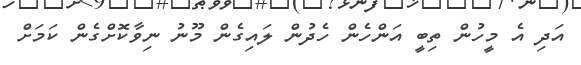
އަދި އެ މީހުން ތިބީ އަންހެން ހެދުން ލައިގެން މޫނު ނިވާކޮށްގެން ކަމަށް